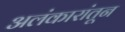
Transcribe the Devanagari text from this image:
अलंकारांतून